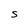
Character: S